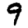
Digit: 9